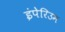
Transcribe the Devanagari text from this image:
इंपेरिउम